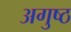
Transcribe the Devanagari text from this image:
अगुष्ठ